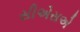
સીએસએ